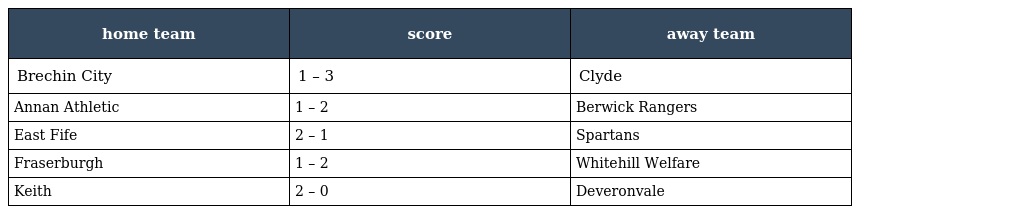
| home team | score | away team |
 | --- | --- | --- |
 | Brechin City | 1 – 3 | Clyde |
 | Annan Athletic | 1 – 2 | Berwick Rangers |
 | East Fife | 2 – 1 | Spartans |
 | Fraserburgh | 1 – 2 | Whitehill Welfare |
 | Keith | 2 – 0 | Deveronvale |